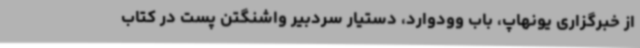
از خبرگزاری یونهاپ، باب وودوارد، دستیار سردبیر واشنگتن پست در کتاب